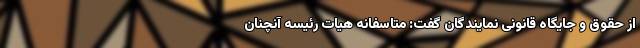
از حقوق و جایگاه قانونی نمایندگان گفت: متاسفانه هیات رئیسه آنچنان